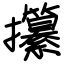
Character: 攥